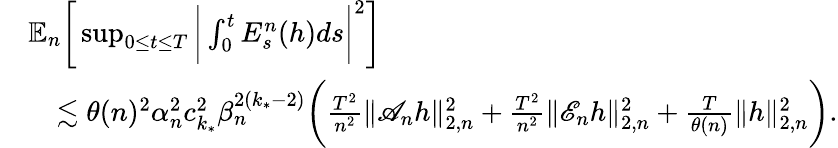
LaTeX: \begin{array}{rl}&{\mathbb{E}_{n}\bigg[\operatorname*{sup}_{0\le t\le T}\bigg|\int_{0}^{t}E_{s}^{n}(h)ds\bigg|^{2}\bigg]}\\ &{\quad\lesssim\theta(n)^{2}\alpha_{n}^{2}c_{k_{*}}^{2}\beta_{n}^{2(k_{*}-2)}\bigg(\frac{T^{2}}{n^{2}}\| \mathscr{A}_{n}h\| _{2,n}^{2}+\frac{T^{2}}{n^{2}}\| \mathscr{E}_{n}h\| _{2,n}^{2}+\frac{T}{\theta(n)}\| h\| _{2,n}^{2}\bigg).}\end{array}